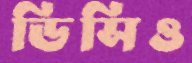
ডিসিও